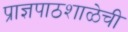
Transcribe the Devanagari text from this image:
प्राज्ञपाठशाळेची